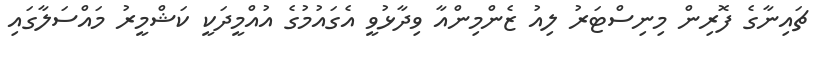
ޗައިނާގެ ފޮރިން މިނިސްޓަރު ލިއު ޒެންމިންއާ ވިދާޅުވީ އެގައުމުގެ އުއްމީދަކީ ކަޝްމީރު މައްސަލާގައި